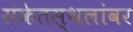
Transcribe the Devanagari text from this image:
संकेतस्थलांवर